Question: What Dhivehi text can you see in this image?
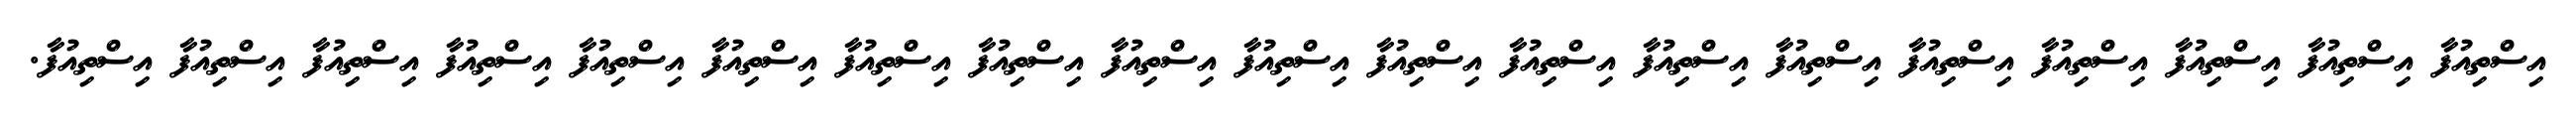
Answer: އިސްތިއުފާ އިސްތިއުފާ އިސްތިއުފާ އިސްތިއުފާ އިސްތިއުފާ އިސްތިއުފާ އިސްތިއުފާ އިސްތިއުފާ އިސްތިއުފާ އިސްތިއުފާ އިސްތިއުފާ އިސްތިއުފާ އިސްތިއުފާ އިސްތިއުފާ އިސްތިއުފާ އިސްތިއުފާ އިސްތިއުފާ އިސްތިއުފާ އިސްތިއުފާ.